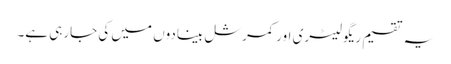
یہ تقسیم ریگولیٹری اور کمرشل بینادوں میں کی جارہی ہے۔